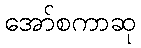
အော်စကာဆု